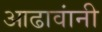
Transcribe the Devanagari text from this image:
आढावांनी